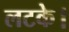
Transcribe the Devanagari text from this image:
लटके।